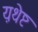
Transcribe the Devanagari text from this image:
य़थेष्ट